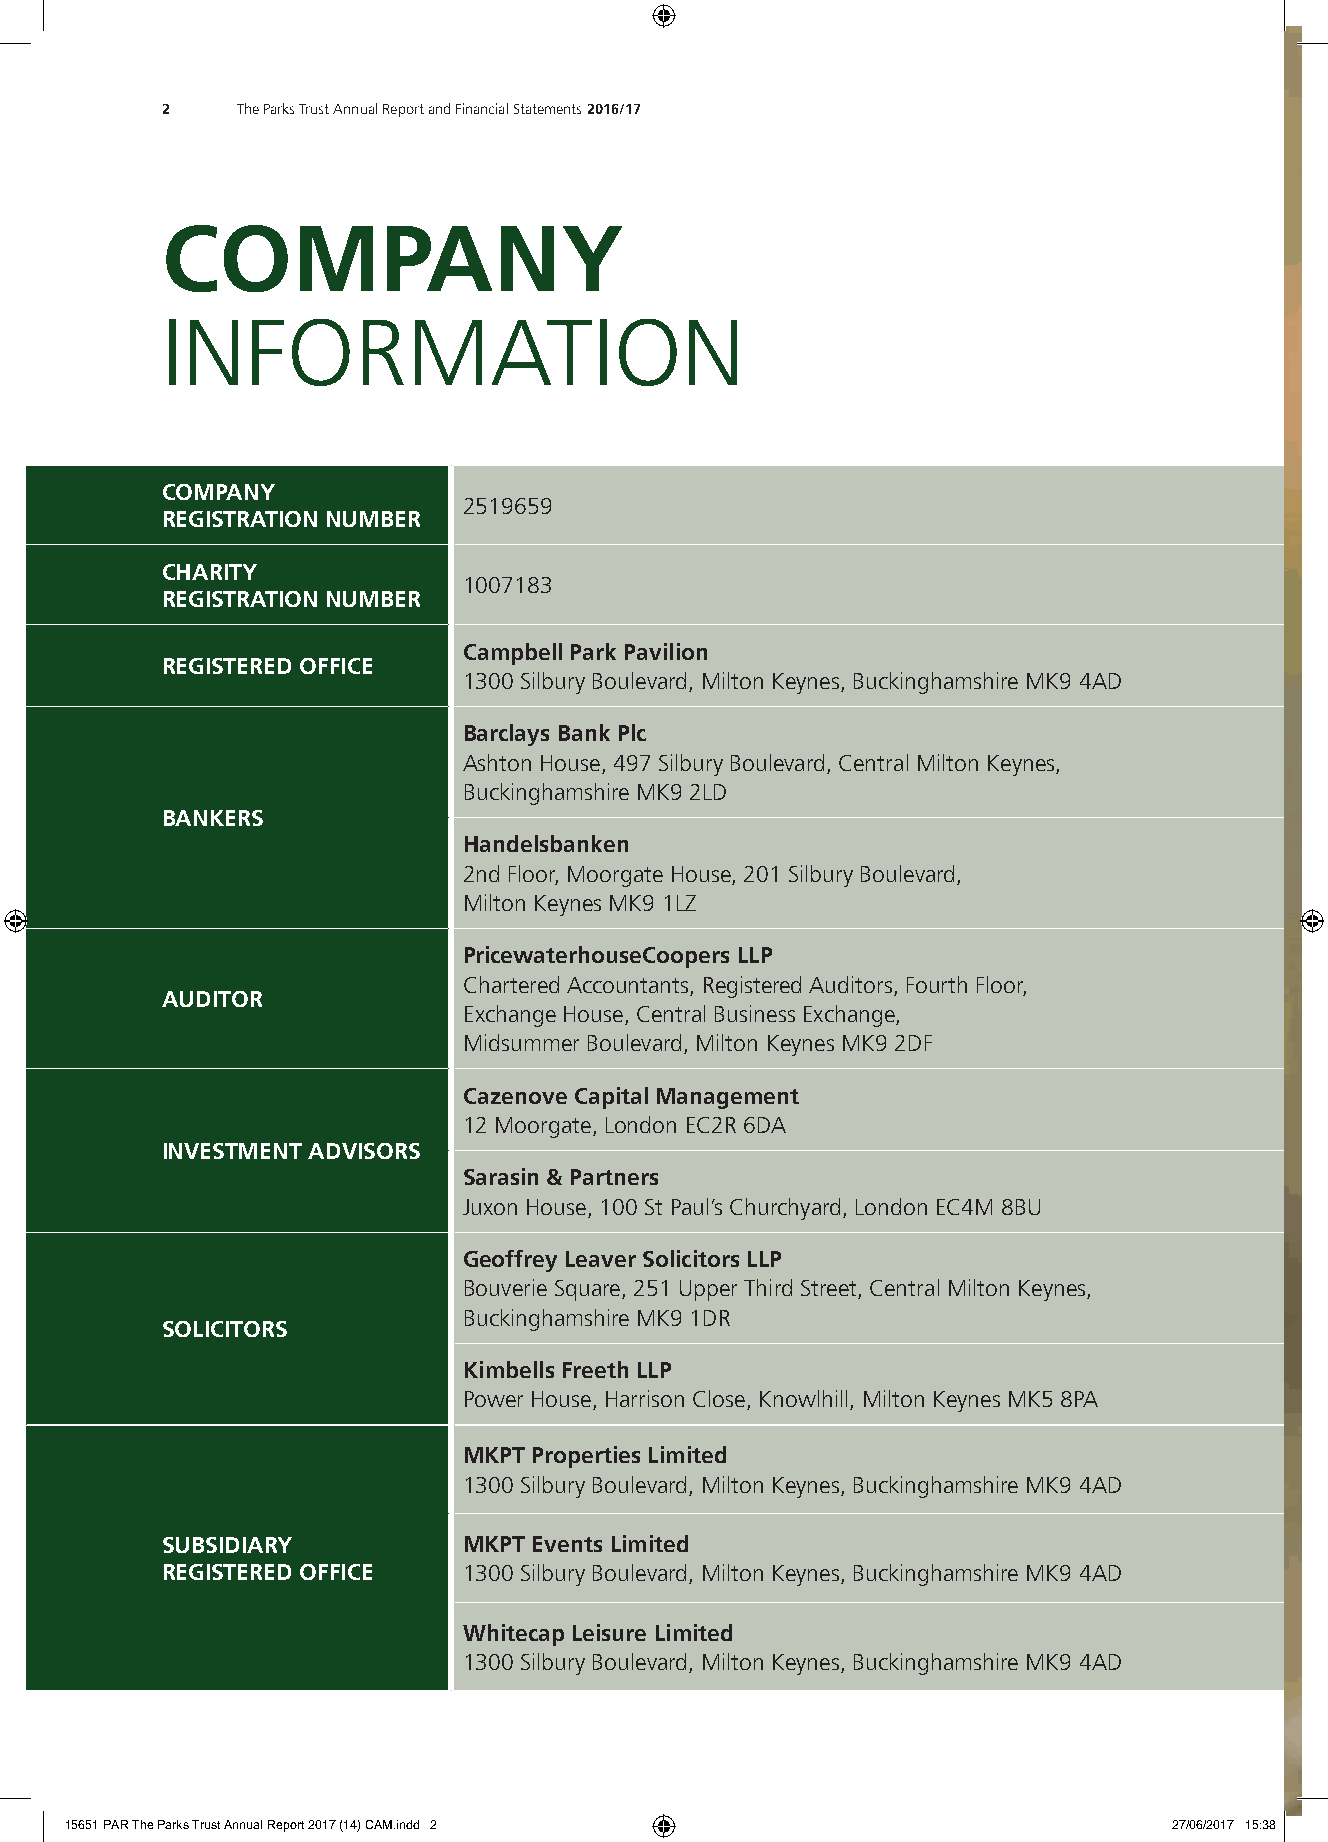
2    The Parks Trust Annual Report and Financial Statements 2016/17
 COMPANY
 INFORMATION
 COMPANY
 2519659
 REGISTRATION NUMBER
 CHARITY
 1007183
 REGISTRATION NUMBER
 Campbell Park Pavilion
 REGISTERED OFFICE
 1300 Silbury Boulevard, Milton Keynes, Buckinghamshire MK9 4AD
 Barclays Bank Plc
 Ashton House, 497 Silbury Boulevard, Central Milton Keynes,
 Buckinghamshire MK9 2LD
 BANKERS
 Handelsbanken
 2nd Floor, Moorgate House, 201 Silbury Boulevard,
 Milton Keynes MK9 1LZ
 PricewaterhouseCoopers LLP
 Chartered Accountants, Registered Auditors, Fourth Floor,
 AUDITOR
 Exchange House, Central Business Exchange,
 Midsummer Boulevard, Milton Keynes MK9 2DF
 Cazenove Capital Management
 12 Moorgate, London EC2R 6DA
 INVESTMENT ADVISORS
 Sarasin & Partners
 Juxon House, 100 St Paul’s Churchyard, London EC4M 8BU
 Geoffrey Leaver Solicitors LLP
 Bouverie Square, 251 Upper Third Street, Central Milton Keynes,
 Buckinghamshire MK9 1DR
 SOLICITORS
 Kimbells Freeth LLP
 Power House, Harrison Close, Knowlhill, Milton Keynes MK5 8PA
 MKPT Properties Limited
 1300 Silbury Boulevard, Milton Keynes, Buckinghamshire MK9 4AD
 SUBSIDIARY          MKPT Events Limited
 REGISTERED OFFICE   1300 Silbury Boulevard, Milton Keynes, Buckinghamshire MK9 4AD
 Whitecap Leisure Limited
 1300 Silbury Boulevard, Milton Keynes, Buckinghamshire MK9 4AD
 15651 PAR The Parks Trust Annual Report 2017 (14) CAM.indd 2              27/06/2017 15:38